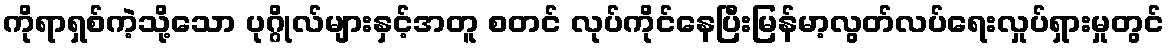
ကိုရာရှစ်ကဲ့သို့သော ပုဂ္ဂိုလ်များနှင့်အတူ စတင် လုပ်ကိုင်နေပြီးမြန်မာ့လွတ်လပ်ရေးလှုပ်ရှားမှုတွင်